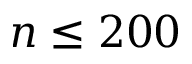
n \leq 2 0 0